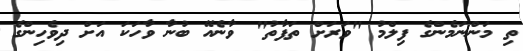
ތި މަންނަމެންގެ ފިލްމު "ވަރަށް ތަފާތު" ވާނެއޭ ބުނާ ވާހަކަ އަށް ދިވެހިންގެ